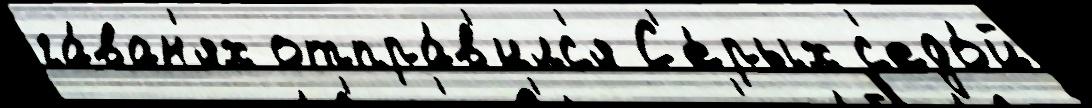
га́ван'ях отпра́в'илс'я С'е́рых с'едо́й